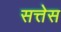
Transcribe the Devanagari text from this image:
सत्तेस